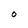
Character: 0